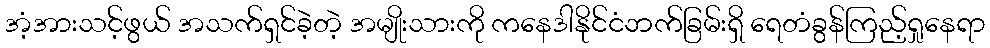
အံ့အားသင့်ဖွယ် အသက်ရှင်ခဲ့တဲ့ အမျိုးသားကို ကနေဒါနိုင်ငံဘက်ခြမ်းရှိ ရေတံခွန်ကြည့်ရှုနေရာ